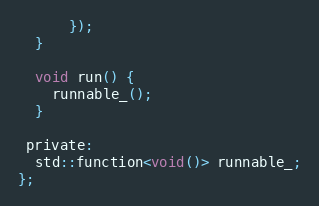
Language: C
      });
  }

  void run() {
    runnable_();
  }

 private:
  std::function<void()> runnable_;
};